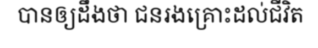
បានឲ្យដឹងថា ជនរងគ្រោះដល់ជីវិត